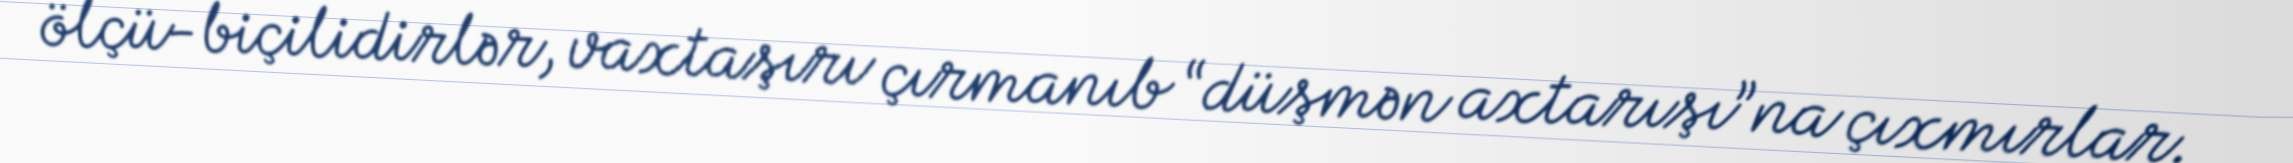
ölçü-biçilidirlər, vaxtaşırı çırmanıb “düşmən axtarışı”na çıxmırlar.